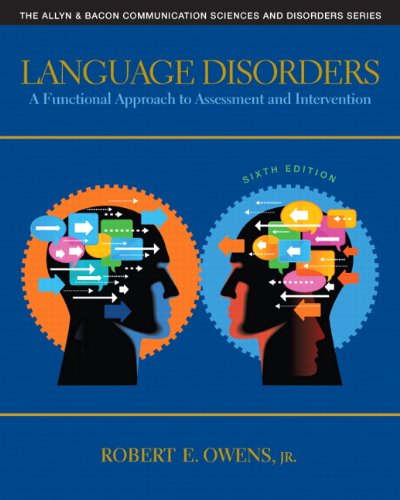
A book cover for Language Disorders: A Functional Approach to Assessment and Intervention (6th Edition) (Allyn & Bacon Communication Sciences and Disorders); Robert E. Owens Jr.; Medical Books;